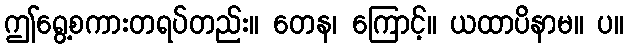
ဤရွေ့စကားတရပ်တည်း။ တေန၊ ကြောင့်။ ယထာပိနာမ။ ပ။